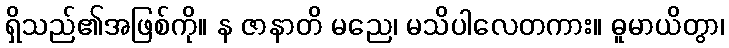
ရှိသည်၏အဖြစ်ကို။ န ဇာနာတိ မညေ၊ မသိပါလေတကား။ ဓူမာယိတွာ၊